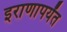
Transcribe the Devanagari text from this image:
इराणापर्यंत